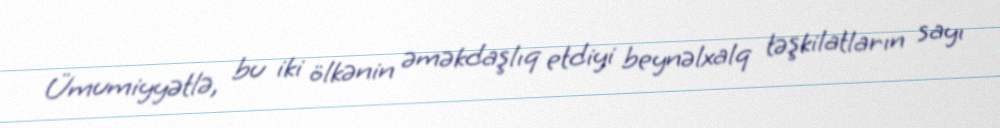
Ümumiyyətlə, bu iki ölkənin əməkdaşlıq etdiyi beynəlxalq təşkilatların sayı